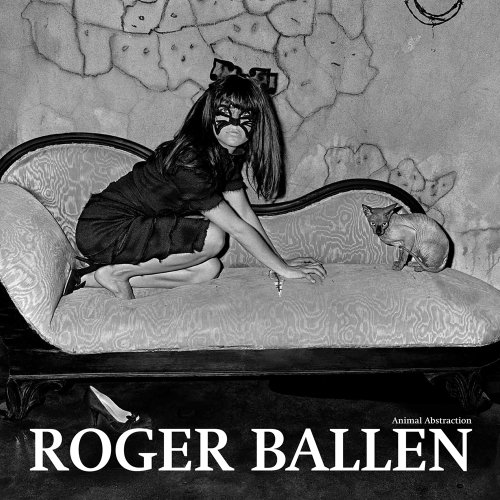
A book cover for Roger Ballen: Animal Abstraction; Arts & Photography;